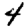
Digit: 4